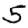
Digit: 5